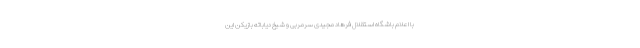
با اعلام باشگاه استقلال فرهاد مجیدی سرمربی و شیخ دیاباته بازیکن این